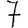
Digit: 7